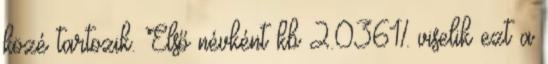
közé tartozik. Első névként kb 2.0361% viselik ezt a